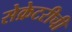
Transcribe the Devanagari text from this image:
सेक्रेटरीची